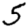
Digit: 5